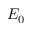
E _ { 0 }